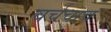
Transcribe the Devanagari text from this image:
चर्चचाच